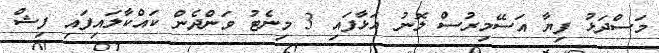
މަސްދަޅު ފިޔާ އަސޭމިރުސް ލޮނު އަޅާފައި 3 މިނެޓު ވަންދެން ކައްކާލައިފައި ފިޝް